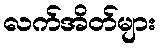
လက်အိတ်များ